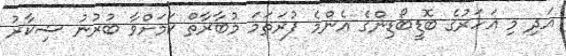
އަދި މި އަހަރުގެ ބޮޑީބޯޑިންގެ އެންމެ ފުރަތަމަ މުބާރާތް ކަމަށްވާ ބުރުނު ޝިކާރު